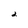
Character: 2